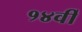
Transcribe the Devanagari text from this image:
१४वीँ